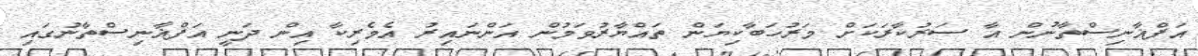
އަފްޣާނިސްތާނުން އާ ސަރުކާރަކަށް މަރުހަބާކިޔަން ތައްޔާރުވަމުން އަންނައިރު އެމެރިކާ އިން ދަނީ އަފްޣާނިސްތާނުގައި